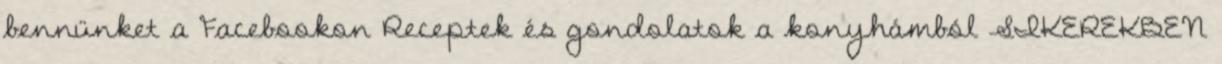
bennünket a Facebookon Receptek és gondolatok a konyhámból SIKEREKBEN